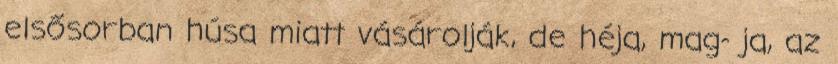
elsősorban húsa miatt vásárolják, de héja, mag- ja, az